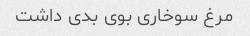
مرغ سوخاری بوی بدی داشت